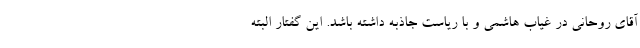
آقای روحانی در غیاب هاشمی و با ریاست جاذبه داشته باشد. این گفتار البته